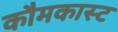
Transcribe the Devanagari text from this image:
कौमकास्ट